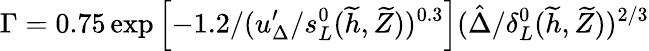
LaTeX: \Gamma=0.75\exp\left[-1.2/(u_{\Delta}^{\prime}/s_{L}^{0}(\widetilde{h},\widetilde{Z}))^{0.3}\right](\hat{\Delta}/\delta_{L}^{0}(\widetilde{h},\widetilde{Z}))^{2/3}